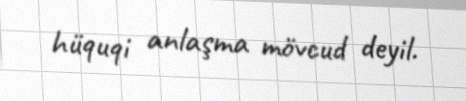
hüquqi anlaşma mövcud deyil.